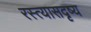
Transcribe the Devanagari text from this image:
रस्त्यासदृष्य